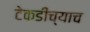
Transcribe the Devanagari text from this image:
टेकडीच्याच